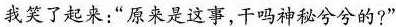
我笑了起来：“原来是这事，干吗神秘兮兮的？”